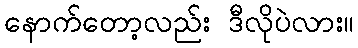
နောက်တော့လည်း ဒီလိုပဲလား။